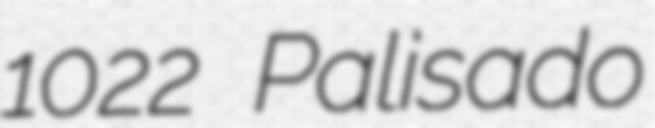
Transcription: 1022 Palisado